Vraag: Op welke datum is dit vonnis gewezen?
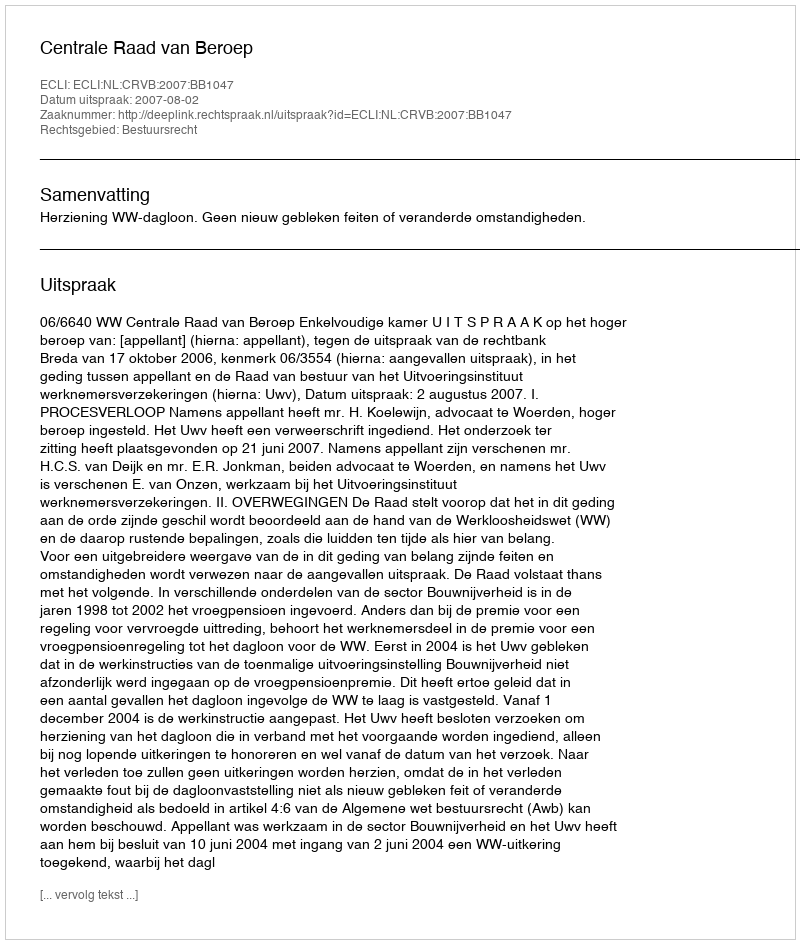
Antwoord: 2007-08-02